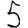
Digit: 5